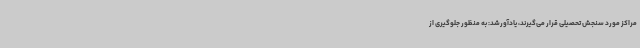
مراکز مورد سنجش تحصیلی قرار می‌گیرند، یادآورشد: به منظور جلوگیری از